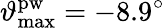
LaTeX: \vartheta_{\mathrm{max}}^{\mathrm{pw}}=-8.9^{\circ}